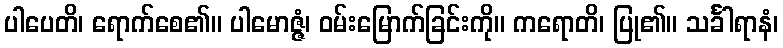
ပါပေတိ၊ ရောက်စေ၏။ ပါမောဇ္ဇံ၊ ဝမ်းမြောက်ခြင်းကို။ ကရောတိ၊ ပြု၏။ သင်္ခါရာနံ၊